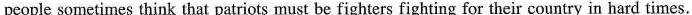
people sometimes think that patriots must be fighters fighting for their country in hard times.